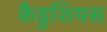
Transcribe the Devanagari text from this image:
कैडुशियस